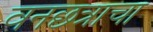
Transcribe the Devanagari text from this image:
वनछत्राचा